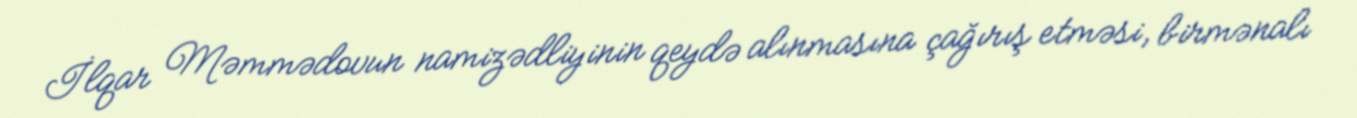
İlqar Məmmədovun namizədliyinin qeydə alınmasına çağırış etməsi, birmənalı